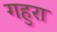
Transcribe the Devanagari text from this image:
गहुरा